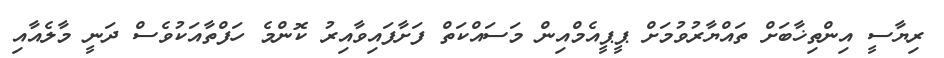
ރިޔާސީ އިންތިޚާބަށް ތައްޔާރުވުމަށް ޕީޕީއެމްއިން މަސައްކަތް ފަށާފައިވާއިރު ކޮންމެ ހަފްތާއަކުވެސް ދަނީ މާލެއާއި